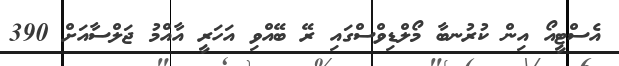
އެސްޓީއޯ އިން ކުރުނބާ މޯލްޑިވްސްގައި ރޭ ބޭއްވި އަހަރީ އާއްމު ޖަލްސާއަށް 390